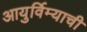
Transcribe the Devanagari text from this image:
आयुर्विम्याची